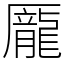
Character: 龎